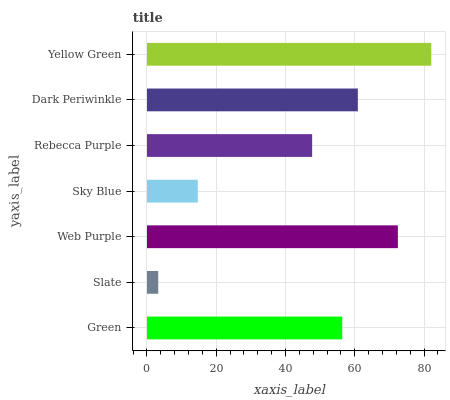
| yaxis_label | bars |
 | --- | --- |
 | Green | 56.4 |
 | Slate | 3.24 |
 | Web Purple | 72.4 |
 | Sky Blue | 14.7 |
 | Rebecca Purple | 47.7 |
 | Dark Periwinkle | 60.9 |
 | Yellow Green | 82.1 |